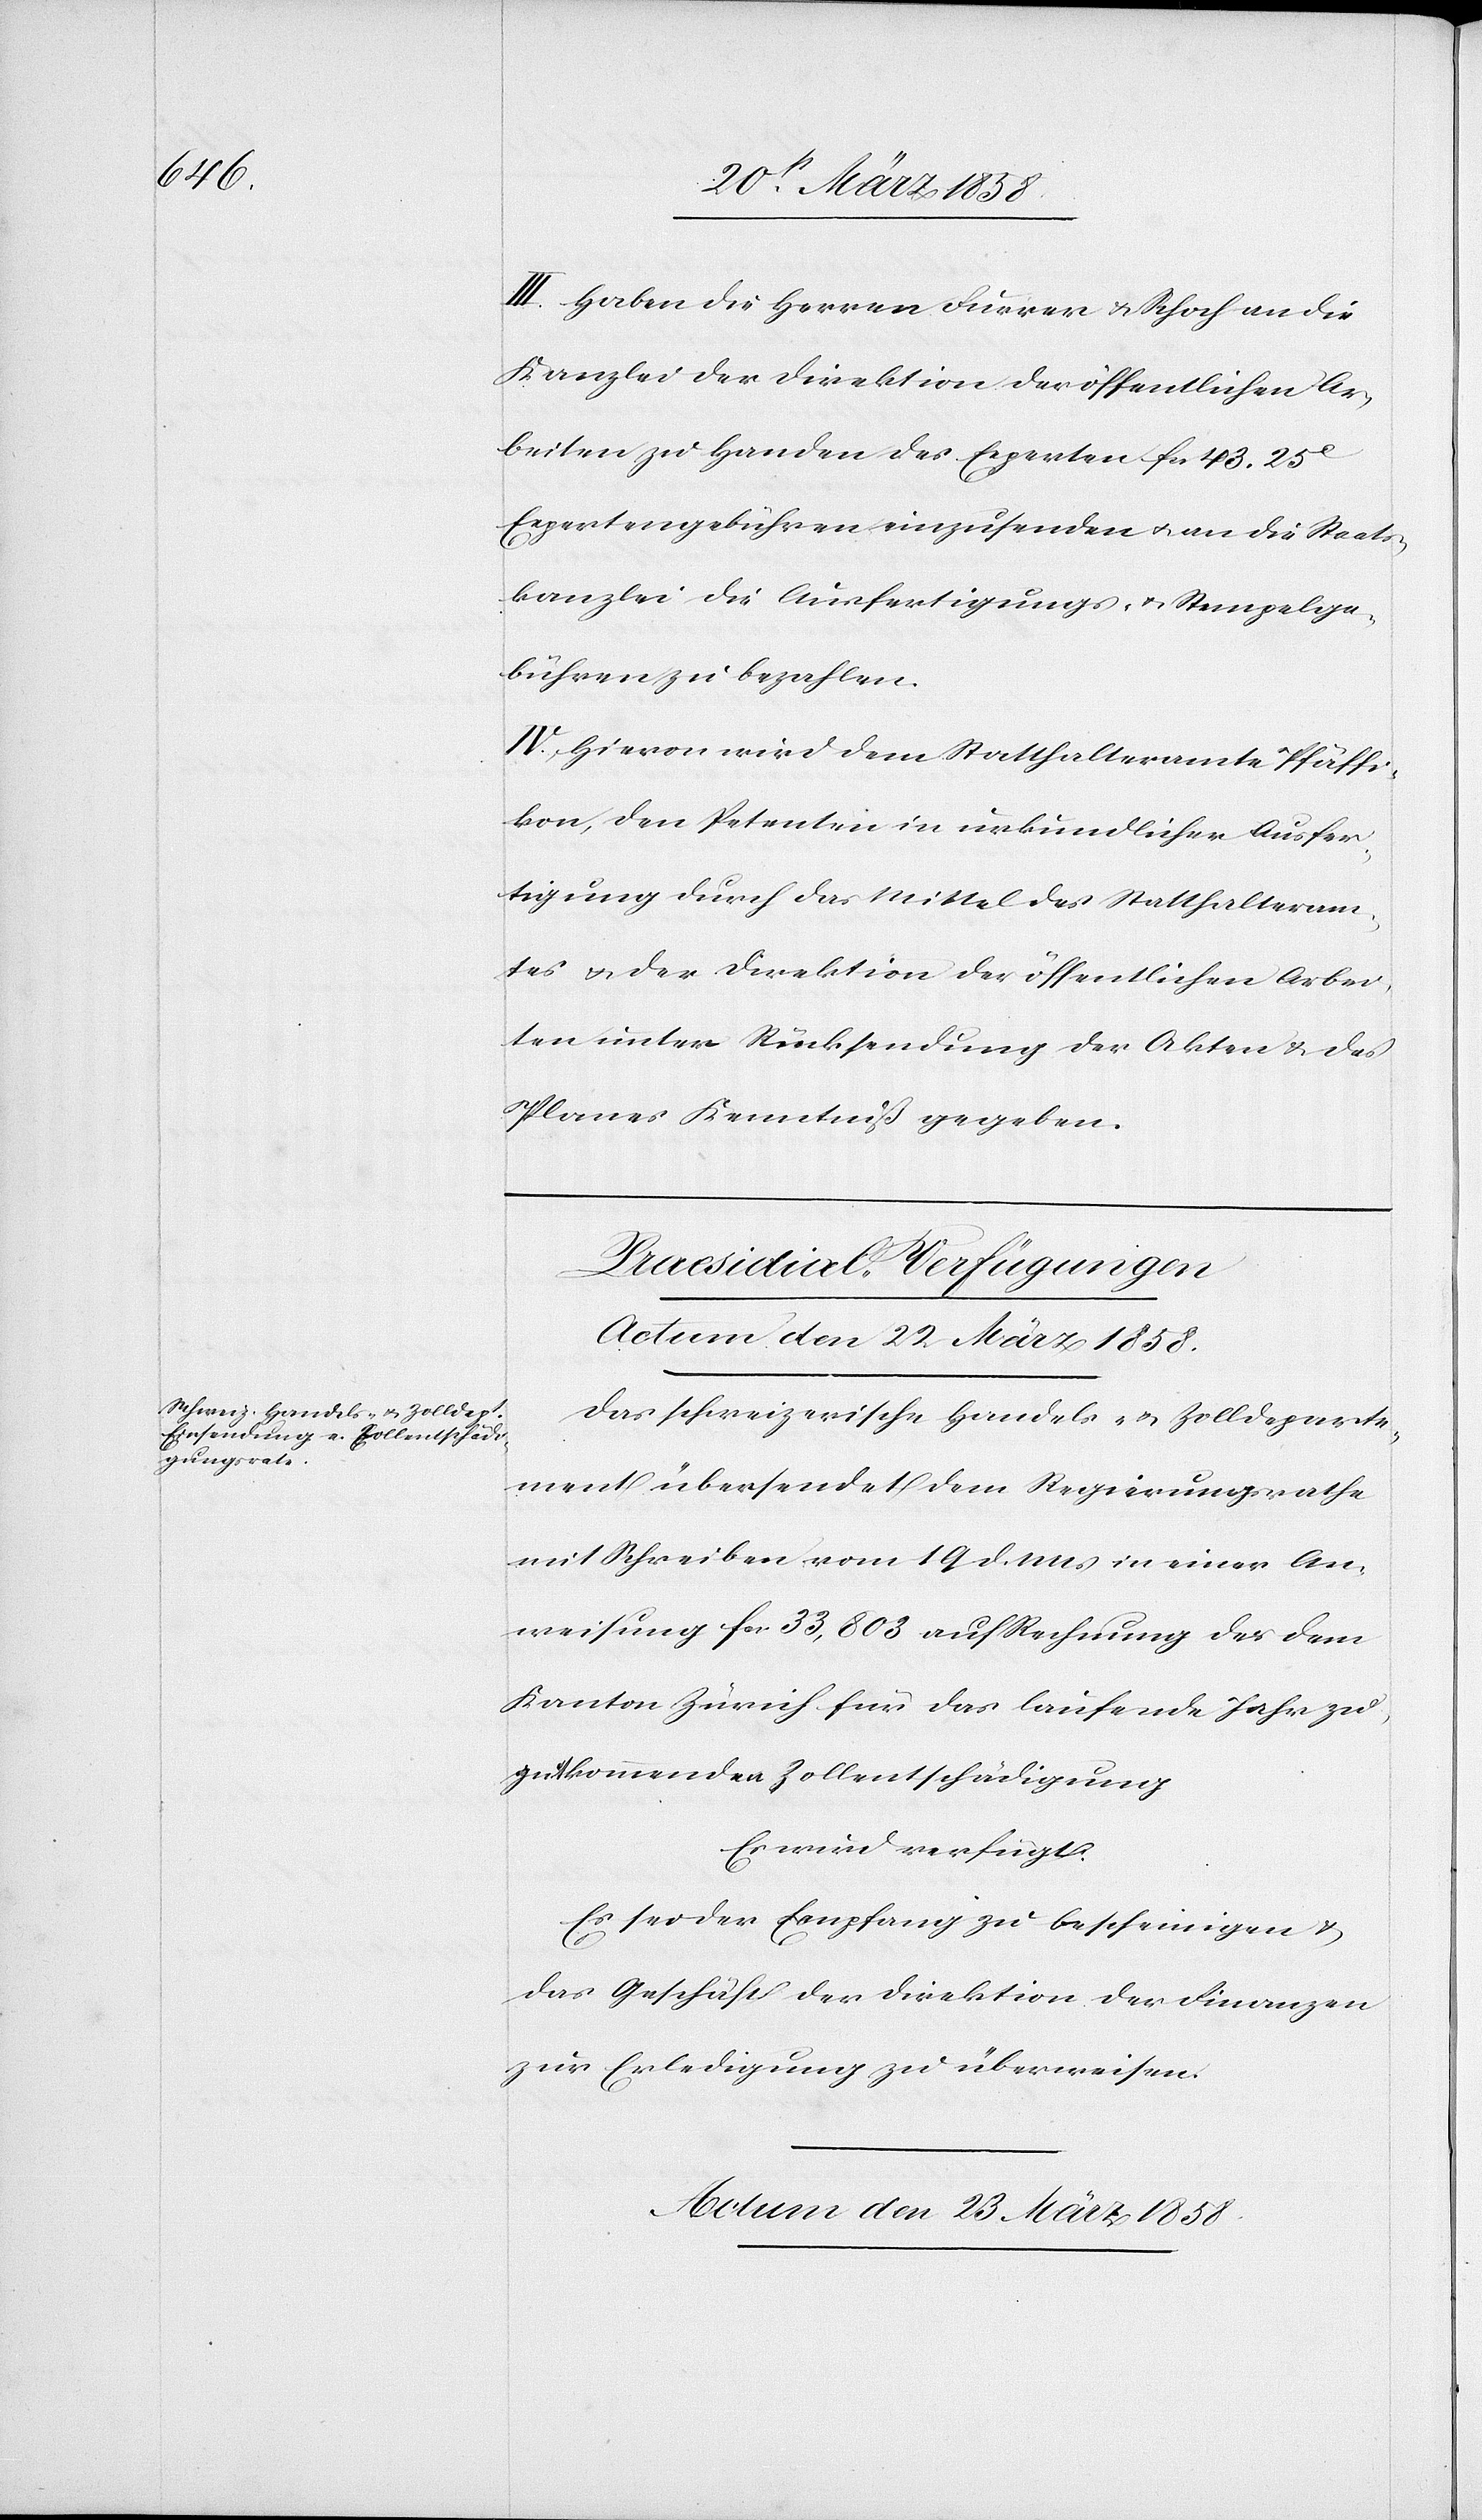
III. Haben die Herren Furrer u. Schoch an die
Kanzlei der Direktion der öffentlichen Ar¬
beiten zu Handen des Experten fcs. 43 25C
Expertengebühren einzusenden u. an die Staats¬
kanzlei die Ausfertigungs- u. Stempelge¬
bühren zu bezahlen.
IV. Hievon wird dem Statthalteramte Pfäffi¬
kon, den Petenten in urkundlicher Ausfer¬
tigung durch das Mittel des Statthalteram¬
tes u. der Direktion der öffentlichen Arbei¬
ten unter Rücksendung der Akten u. des
Planes Kenntniß gegeben.
[Präsidial-Verfügungen]
Actum den 23. März 1858.
Das schweizerische Handels- u. Zolldeparte¬
ment übersendet dem Regierungsrathe
mit Schreiben vom 19. d. Mts in einer An¬
weisung fcs. 33,803 auf Rechnung der dem
Kanton Zürich für das laufende Jahr zu¬
gutkommenden Zollentschädigung.
Es wird verfügt:
Es sei der Empfang zu bescheinigen u.
das Geschäft der Direktion der Finanzen
zur Erledigung zu überweisen.